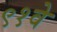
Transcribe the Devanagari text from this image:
९१वे